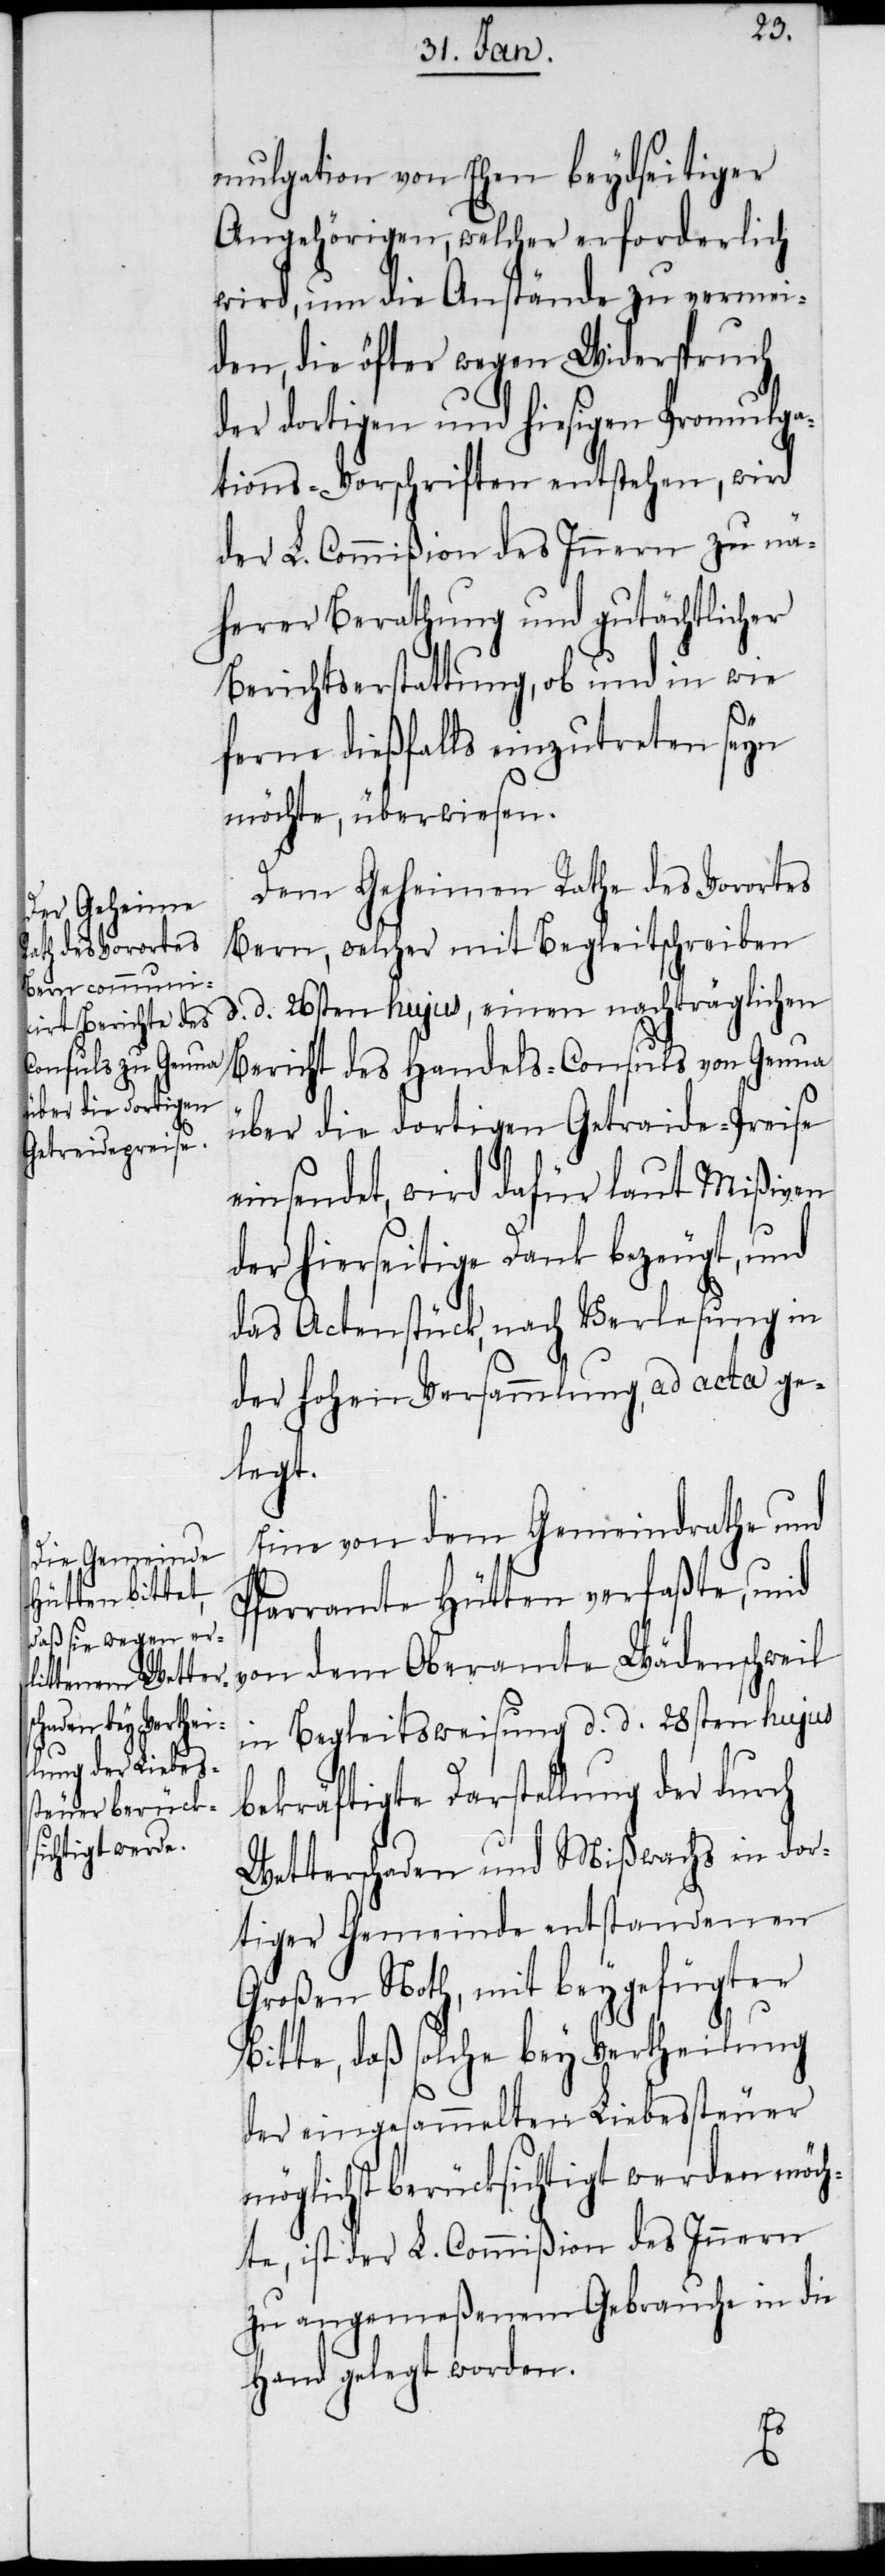
mulgation von Ehen beydseitiger
Angehörigen, welcher erforderlich
wird, um die Anstände zu vermei¬
den, die öfter wegen Widerspruch
der dortigen und hiesigen Promulga¬
tions-Vorschriften entstehen, wird
der L. Commißion des Innern zu nä¬
herer Berathung und gutächtlicher
Berichtserstattung, ob und in wie
ferne dießfalls einzutreten seyn
möchte, überwiesen.
Dem Geheimen Rathe des Vorortes
Bern, welcher mit Begleitschreiben
d. d. 26sten hujus, einen nachträglichen
Bericht des Handels-Consuls von Genua
über die dortigen Getraide-Preise
einsendet, wird dafür laut Mißiven
der hierseitige Dank bezeugt, und
das Actenstück, nach Verlesung in
der hohen Versammlung, ad acta ge¬
legt.
Eine von dem Gemeindrathe und
Pfarramte Hütten verfaßte, und
von dem Oberamte Wädenschweil
in Begleitsweisung d. d. 28sten hujus
bekräftigte Darstellung der durch
Wetterschaden und Mißwachs in dor¬
tiger Gemeinde entstandenen
Großen Noth, mit beygefügter
Bitte, daß solche bey Vertheilung
der eingesammelten Liebessteuer
möglichst berücksichtigt werden möch¬
te, ist der L. Commißion des Innern
zu angemeßenem Gebrauche in die
Hand gelegt worden.